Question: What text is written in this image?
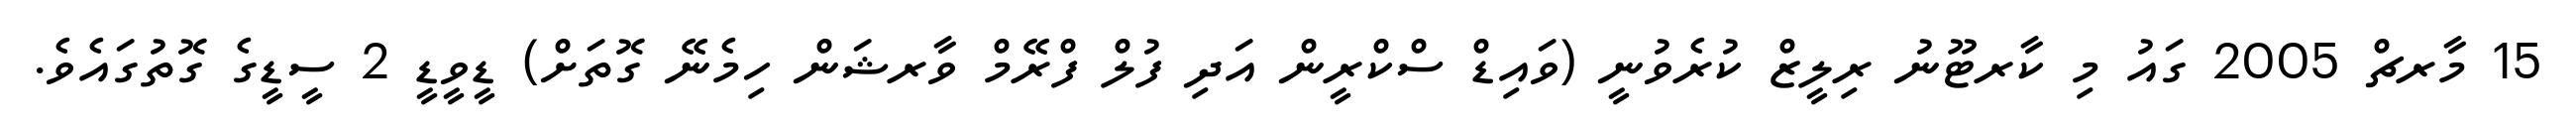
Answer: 15 މާރޗް 2005 ގައު މި ކާރޓޫނު ރިލީޒް ކުރެވުނީ (ވައިޑް ސްކްރީން އަދި ފުލް ފްރޭމް ވާރޝަން ހިމެނޭ ގޮތަށް) ޑީވީޑީ 2 ސީޑީގެ ގޮތުގައެވެ.